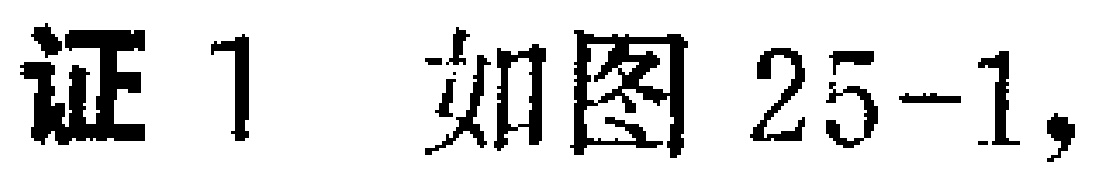
证 1 如图 25-1,